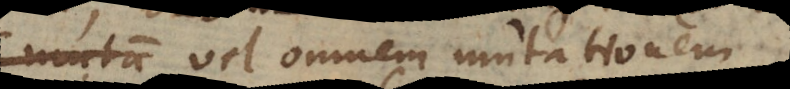
vel omnem mutationem